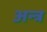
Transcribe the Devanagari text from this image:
अन्त्र